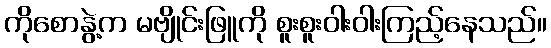
ကိုစောနွဲ့က မဗျိုင်းဖြူကို စူးစူးဝါးဝါးကြည့်နေသည်။